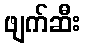
ဖျက်ဆီး